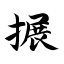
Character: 搌